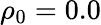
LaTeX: \rho_{0}=0.0